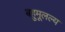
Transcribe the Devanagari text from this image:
बहुमूलल्य